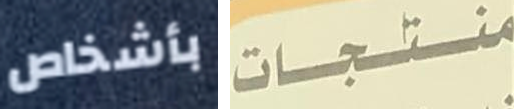
بأشخاص منتجات